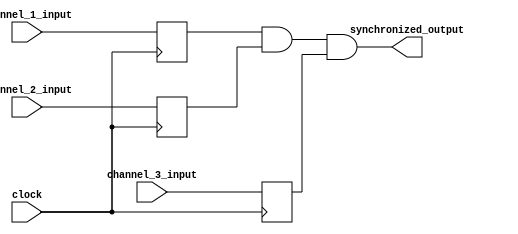
module MultiChannelSynchronizer(
    input wire [7:0] channel_1_input,
    input wire [7:0] channel_2_input,
    input wire [7:0] channel_3_input,
    input wire clock,
    output reg [7:0] synchronized_output
);

reg [7:0] synchronized_channel_1;
reg [7:0] synchronized_channel_2;
reg [7:0] synchronized_channel_3;

// Timing control blocks
always @(posedge clock) begin
    synchronized_channel_1 <= channel_1_input;
    synchronized_channel_2 <= channel_2_input;
    synchronized_channel_3 <= channel_3_input;
end

// Synchronization blocks
always @* begin
    synchronized_output = synchronized_channel_1 & synchronized_channel_2 & synchronized_channel_3;
end

endmodule